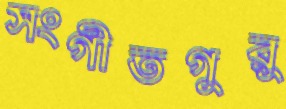
সংগীতগুরু